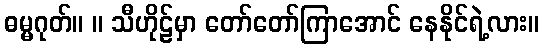
ဓမ္မဂုတ်။ ။ သီဟိုဠ်မှာ တော်တော်ကြာအောင် နေနိုင်ရဲ့လား။